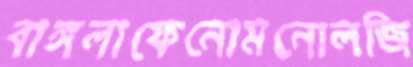
বাঙ্গলাফেনোমনোলজি